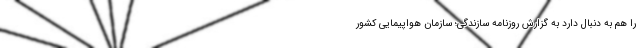
را هم به دنبال دارد به گزارش روزنامه سازندگی؛ سازمان هواپیمایی کشور